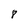
Character: 8